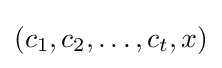
(c_{1},c_{2},\dots ,c_{t},x)